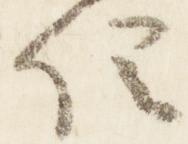
位